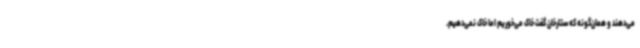
می‌دهند و همان‌گونه که ستارخان گفت خاک می‌خوریم اما خاک نمی‌دهیم.